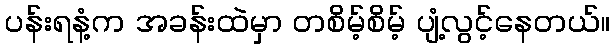
ပန်းရနံ့က အခန်းထဲမှာ တစိမ့်စိမ့် ပျံ့လွင့်နေတယ်။